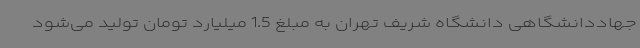
جهاددانشگاهی دانشگاه شریف تهران به مبلغ 1.5 میلیارد تومان تولید می‌شود